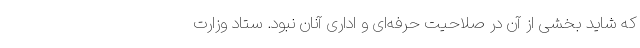
که شاید بخشی از آن در صلاحیت حرفه‌ای و اداری آنان نبود. ستاد وزارت